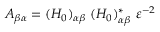
A _ { \beta \alpha } = ( { \cal H } _ { 0 } ) _ { \alpha \beta } \; ( { \cal H } _ { 0 } ) _ { \alpha \beta } ^ { * } ~ \varepsilon ^ { - 2 }